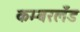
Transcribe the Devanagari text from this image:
कम्बरलँड